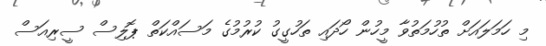
މި ހަމަލައަށް ތުހުމަތުވާ މީހުން ހޯދައި ތަހުގީގު ކުރުމުގެ މަސައްކަތް ޕޮލިސް ސީރިއަސް